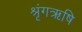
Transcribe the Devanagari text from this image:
श्रृंगऋषि